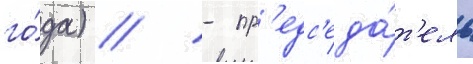
го́да) // - пр'едс'еда́т'ель